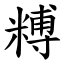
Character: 糐